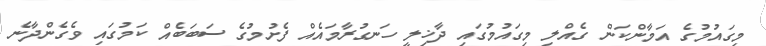
މިގައުމުގެ އަމާންކަން ގެއްލި މިގައުމުގައި ދާޚިލީ ހަނގުރާމައެއް ފެށުމުގެ ސަބަބެއް ކަމުގައި ވެގެންދާނެ